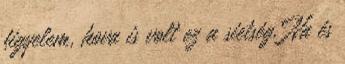
figyelem, hova is volt ez a sietség. Na és